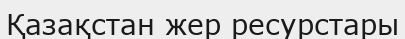
Қазақстан жер ресурстары